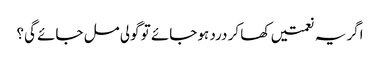
اگر یہ نعمتیں کھا کر درد ہو جائے تو گولی مل جائے گی؟